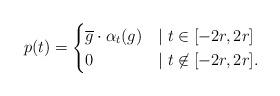
LaTeX: \begin{align*} p(t) = \begin{cases} \overline{g} \cdot \alpha_t(g) &\mid t \in [-2r, 2r] \\ 0 &\mid t \not\in [-2r, 2r]. \end{cases} \end{align*}